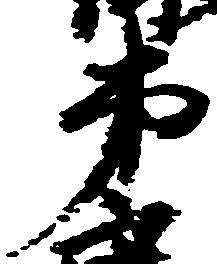
弟